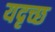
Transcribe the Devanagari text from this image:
यदृच्छ